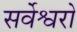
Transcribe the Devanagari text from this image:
सर्वेश्वरो